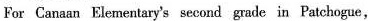
For Canaan Elementary's second grade in Patchogue，